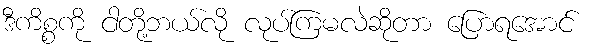
ဒီကိစ္စကို ငါတို့ဘယ်လို လုပ်ကြမလဲဆိုတာ ပြောရအောင်